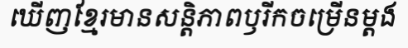
ឃើញខ្មែរមានសន្តិភាពឫរីកចម្រើនម្តង